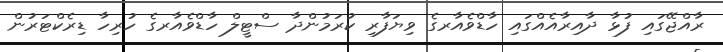
ރާއްޖޭގައި ފުޅާ ދާއިރާއެއްގައި ހާޑްވެއާރގެ ވިޔަފާރި ކުރަމުންދާ ސްޓީލް ހާޑްވެއާރގެ ހުރިހާ ޑިރެކްޓަރުން